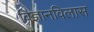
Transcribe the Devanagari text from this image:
विज्ञानविलास